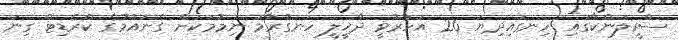
ސްރީލަންކާގައި ހިނގައިދިޔަ 26 އަހަރުވީ ދާޚީލީ ހަނގުރާމަ ނިމުމަކަށް ގެނައުމުގެ ކްރެޑިޓް ގިނަ